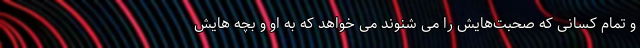
و تمام کسانی که صحبت‌هایش را می شنوند می خواهد که به او و بچه هایش